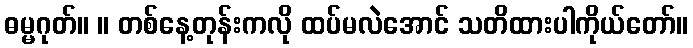
ဓမ္မဂုတ်။ ။ တစ်နေ့တုန်းကလို ထပ်မလဲအောင် သတိထားပါကိုယ်တော်။